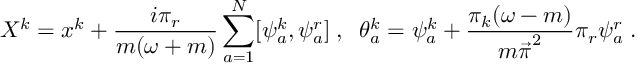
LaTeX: X ^ { k } = x ^ { k } + \frac { i \pi _ { r } } { m ( \omega + m ) } \sum _ { a = 1 } ^ { N } [ \psi _ { a } ^ { k } , \psi _ { a } ^ { r } ] \; , \; \; \theta _ { a } ^ { k } = \psi _ { a } ^ { k } + \frac { \pi _ { k } ( \omega - m ) } { { m \vec { \pi } } ^ { 2 } } \pi _ { r } \psi _ { a } ^ { r } \; .